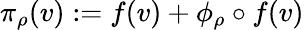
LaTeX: \pi_{\rho}(v):=f(v)+\phi_{\rho}\circ f(v)